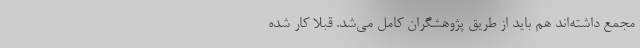
مجمع داشته‌اند هم باید از طریق پژوهشگران کامل می‌شد. قبلا کار شده